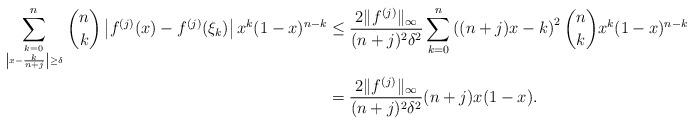
LaTeX: \begin{align*}\sum_{k=0 \atop \left| x - \frac{k}{n+j} \right| \ge \delta}^n \binom{n}{k} \left| f^{(j)}(x) - f^{(j)}(\xi_k) \right| x^k (1-x)^{n-k} & \le \frac{2 \|f^{(j)}\|_\infty}{(n+j)^2 \delta^2} \sum_{k=0}^n \left( (n+j)x - k \right)^2 \binom{n}{k} x^k (1-x)^{n-k} \\& = \frac{2 \|f^{(j)}\|_\infty}{(n+j)^2 \delta^2} (n+j)x(1-x).\end{align*}